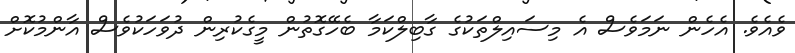
ވެއެވެ. އެހެން ނަމަވެސް އެ މިސައިލްތަކުގެ ގާބިލްކަމާ ބެހޭގޮތުން މީގެކުރިން ދުވަހަކުވެސް އާންމުކޮށް